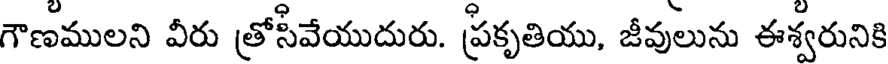
గౌణములని వీరు త్రోసీవేయుదురు. ప్రకృతియు, జీవులును ఈశ్వరునికి